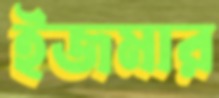
ইজমার